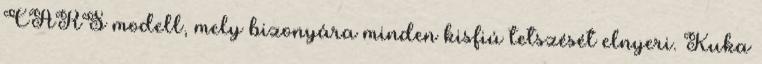
CARS modell, mely bizonyára minden kisfiú tetszését elnyeri. Kuka